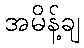
အမိန့်ချ